38_143685_box7_Incident_Summaries_1-100
Agency: Department of War
Page 7
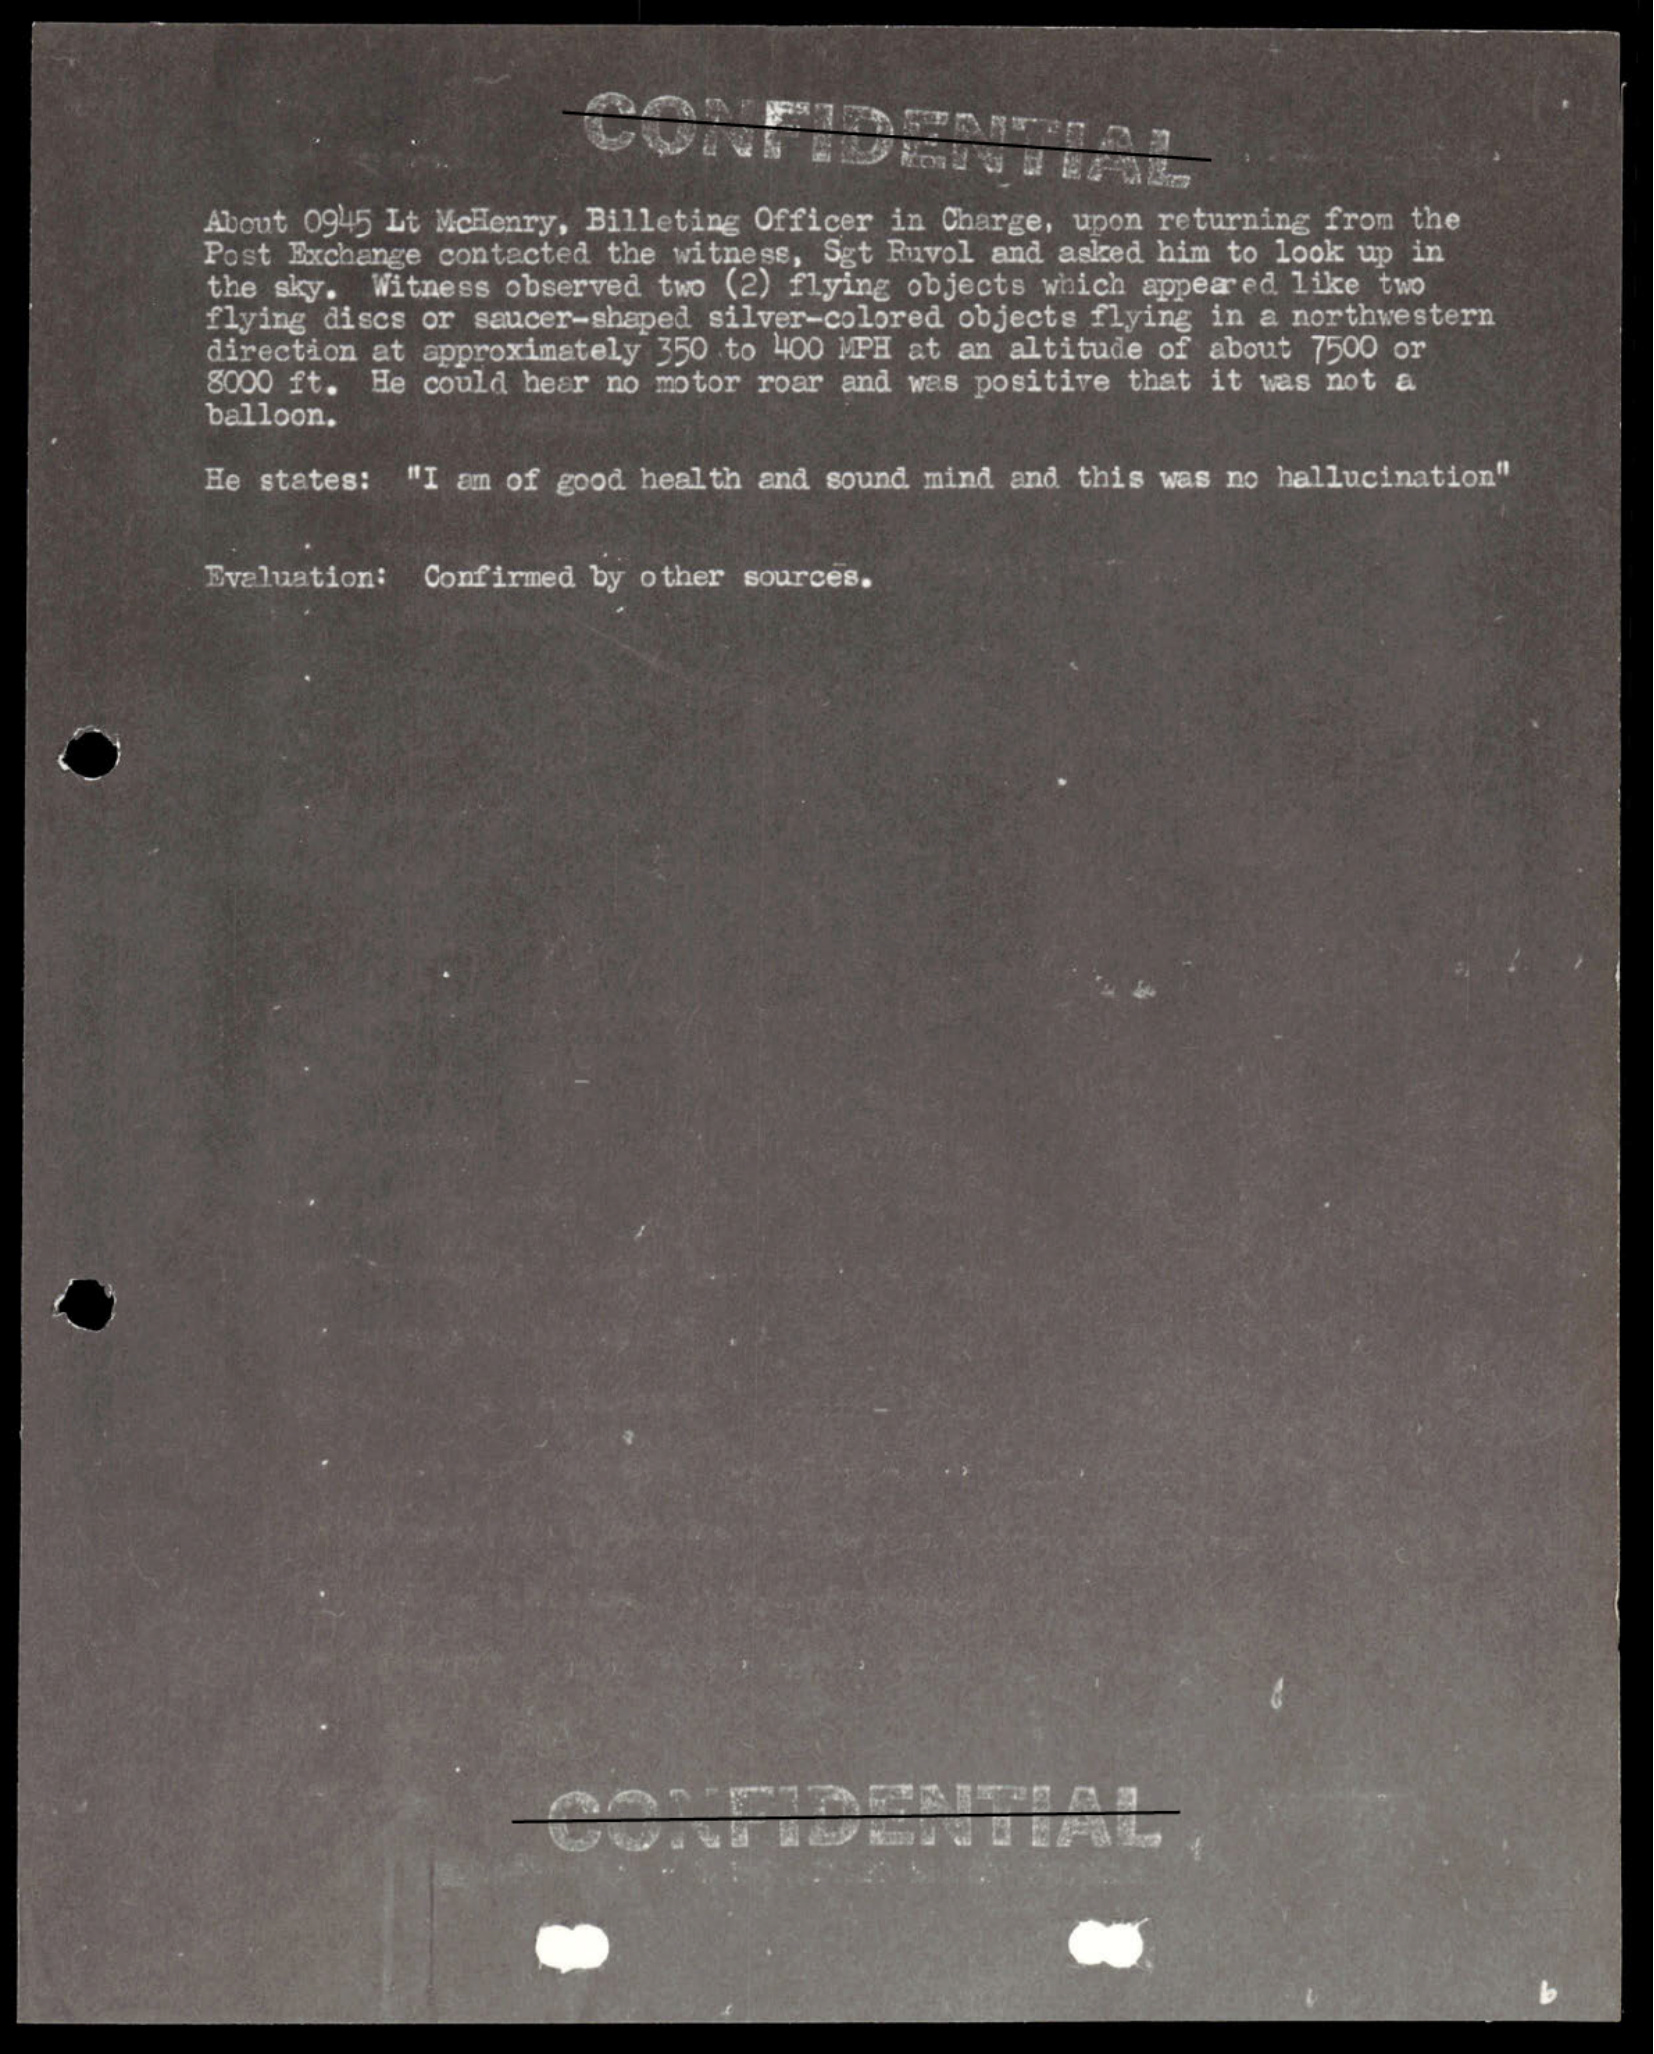